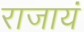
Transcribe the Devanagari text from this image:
राजायं